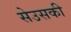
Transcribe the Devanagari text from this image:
सेउसकी